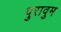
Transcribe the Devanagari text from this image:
पुरावुम